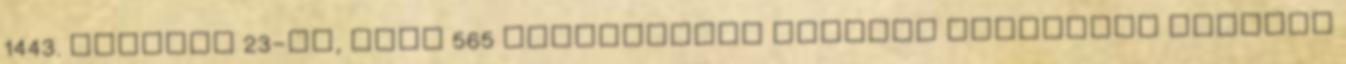
1443. február 23-án, azaz 565 esztendővel ezelőtt született Hunyadi